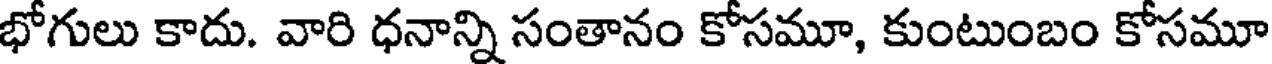
భోగులు కాదు. వారి ధనాన్ని సంతానం కోసమూ, కుంటుంబం కోసమూ